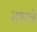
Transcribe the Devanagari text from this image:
शकाची